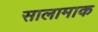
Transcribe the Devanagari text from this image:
सालामाक